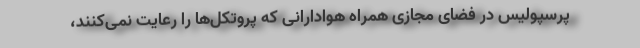
پرسپولیس در فضای مجازی همراه هوادارانی که پروتکل‌ها را رعایت نمی‌کنند،